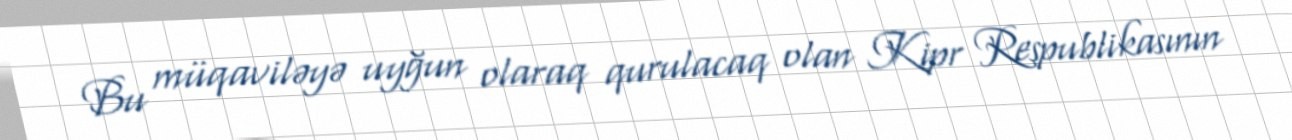
Bu müqaviləyə uyğun olaraq qurulacaq olan Kipr Respublikasının